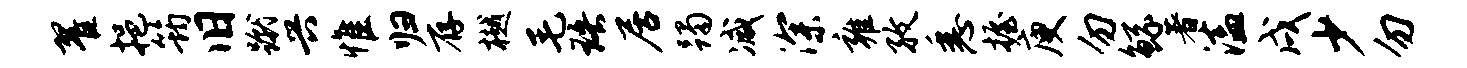
翟挹筠旧蹴兴惟归存樾毛珞居躅减深雍孜悉握庾勿鲧著溘戌少勿